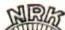
NRK